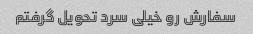
سفارش رو خیلی سرد تحویل گرفتم